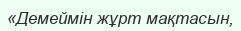
«Демеймін жұрт мақтасын,